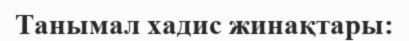
Танымал хадис жинақтары: